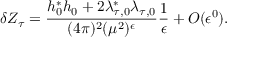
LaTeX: \delta Z _ { \tau } = \frac { h _ { 0 } ^ { * } h _ { 0 } + 2 \lambda _ { \tau , 0 } ^ { * } \lambda _ { \tau , 0 } } { ( 4 \pi ) ^ { 2 } ( \mu ^ { 2 } ) ^ { \epsilon } } \frac { 1 } { \epsilon } + { \cal O } ( \epsilon ^ { 0 } ) .